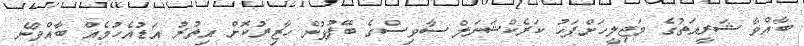
ބާއްވާ ޝަރީއަތުގެ މަޖިލީހަށްފަހު ކަރެކްޝަނަލް ސާވިސްގެ ބޭފުޅުން ހާޒިރުކޮށް އިތުރު އަޑުއެހުމެއް ބާއްވާނެ